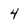
Character: 4